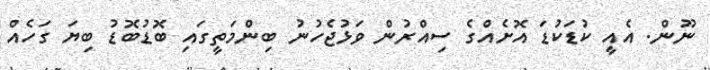
ނޫން. އެއީ ކުޑަކުޑަ އޮށެއްގެ ސިއްރުން ވަޅުޖެހުނު ބިންމަތީގައި ބޮޑުބޮޑު ބިޔަ ގަހެއް